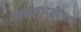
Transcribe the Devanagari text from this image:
सहानुभूती२५